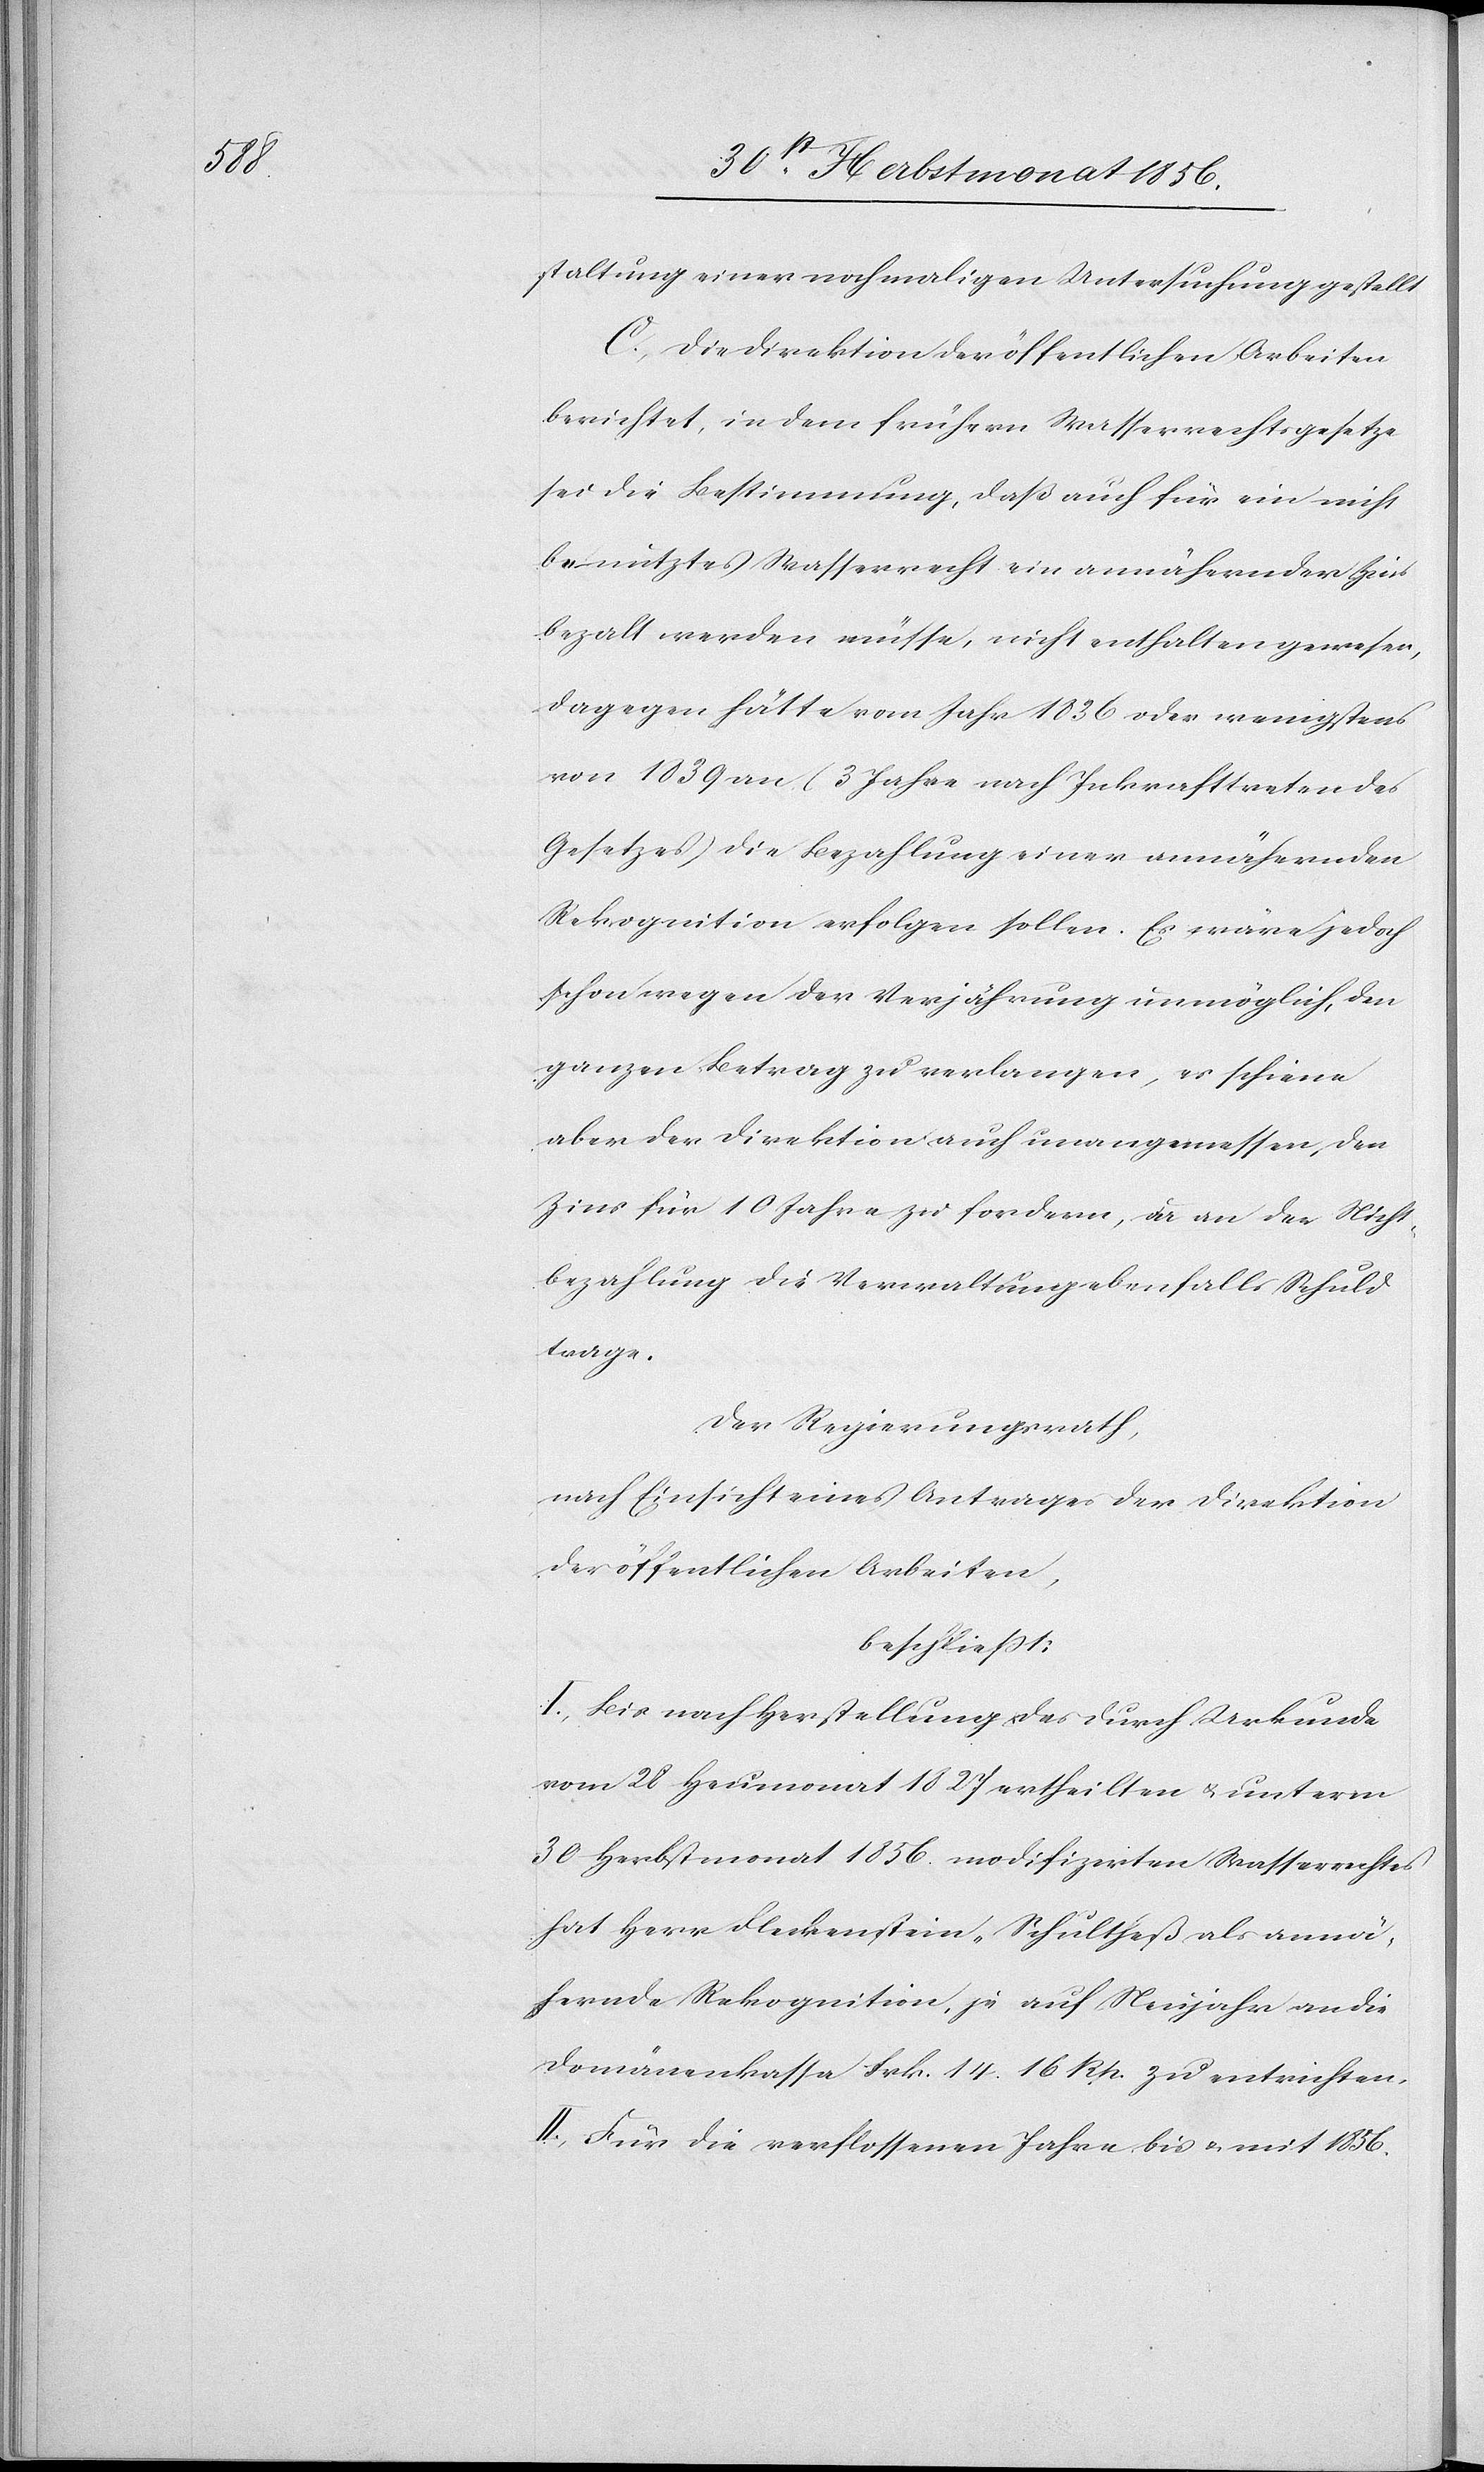
staltung einer nochmaligen Untersuchung gestellt.
C.) Die Direktion der öffentlichen Arbeiten
berichtet, in dem frühern Wasserrechtsgesetze
sei die Bestimmung, daß auch für ein nicht
benutztes Wasserrecht ein annähernder Zins
bezalt werden müsse, nicht enthalten gewesen,
dagegen hätte vom Jahr 1836 oder wenigstens
von 1839 an (3 Jahre nach Inkrafttreten des
Gesetzes) die Bezahlung einer annähernden
Rekognition erfolgen sollen. Es wäre jedoch
schon wegen der Verjährung unmöglich, den
ganzen Betrag zu verlangen, es schiene
aber der Direktion auch unangemessen, den
Zins für 10 Jahre zu fordern, da an der Nicht¬
bezahlung die Verwaltung ebenfalls Schuld
trage.
Der Regierungsrath,
nach Einsicht eines Antrages der Direktion
der öffentlichen Arbeiten,
beschließt:
I.) Bis nach Herstellung des durch Urkunde
vom 28 Heumonat 1827 ertheilten u. unterm
30 Herbstmonat 1856 modifizirten Wasserrechtes
hat Herr Fleckenstein-Schultheß als annä¬
hernde Rekognition, je auf Neujahr an die
Domänenkassa Frk. 14. 16 Rp. zu entrichten.
II.) Für die verflossenen Jahre bis & mit 1856.